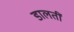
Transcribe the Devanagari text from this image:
डालतीं